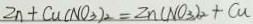
Z n + C u ( N O _ { 3 } ) _ { 2 } = Z n ( N O _ { 3 } ) _ { 2 } + C u